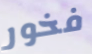
فخور